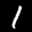
Label: 1